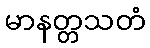
မာနတ္တသတံ